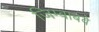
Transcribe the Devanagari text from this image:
जिम्बाबवे